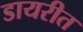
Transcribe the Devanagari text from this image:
डायरीत